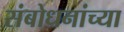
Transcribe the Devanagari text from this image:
संबोधनांच्या